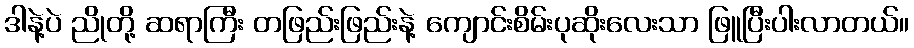
ဒါနဲ့ပဲ ညိုတို့ ဆရာကြီး တဖြည်းဖြည်းနဲ့ ကျောင်းစိမ်းပုဆိုးလေးသာ ဖြူပြီးပါးလာတယ်။